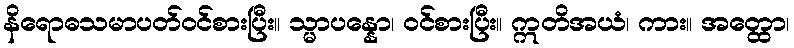
နိရောဓသမာပတ်ဝင်စားပြီး။ သ္မာပန္နော၊ ဝင်စားပြီး။ ဣတိအယံ၊ ကား။ အတ္ထော၊